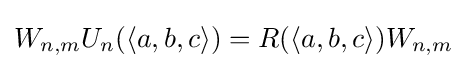
W_{n,m}U_{n}(\langle a,b,c\rangle )=R(\langle a,b,c\rangle )W_{n,m}